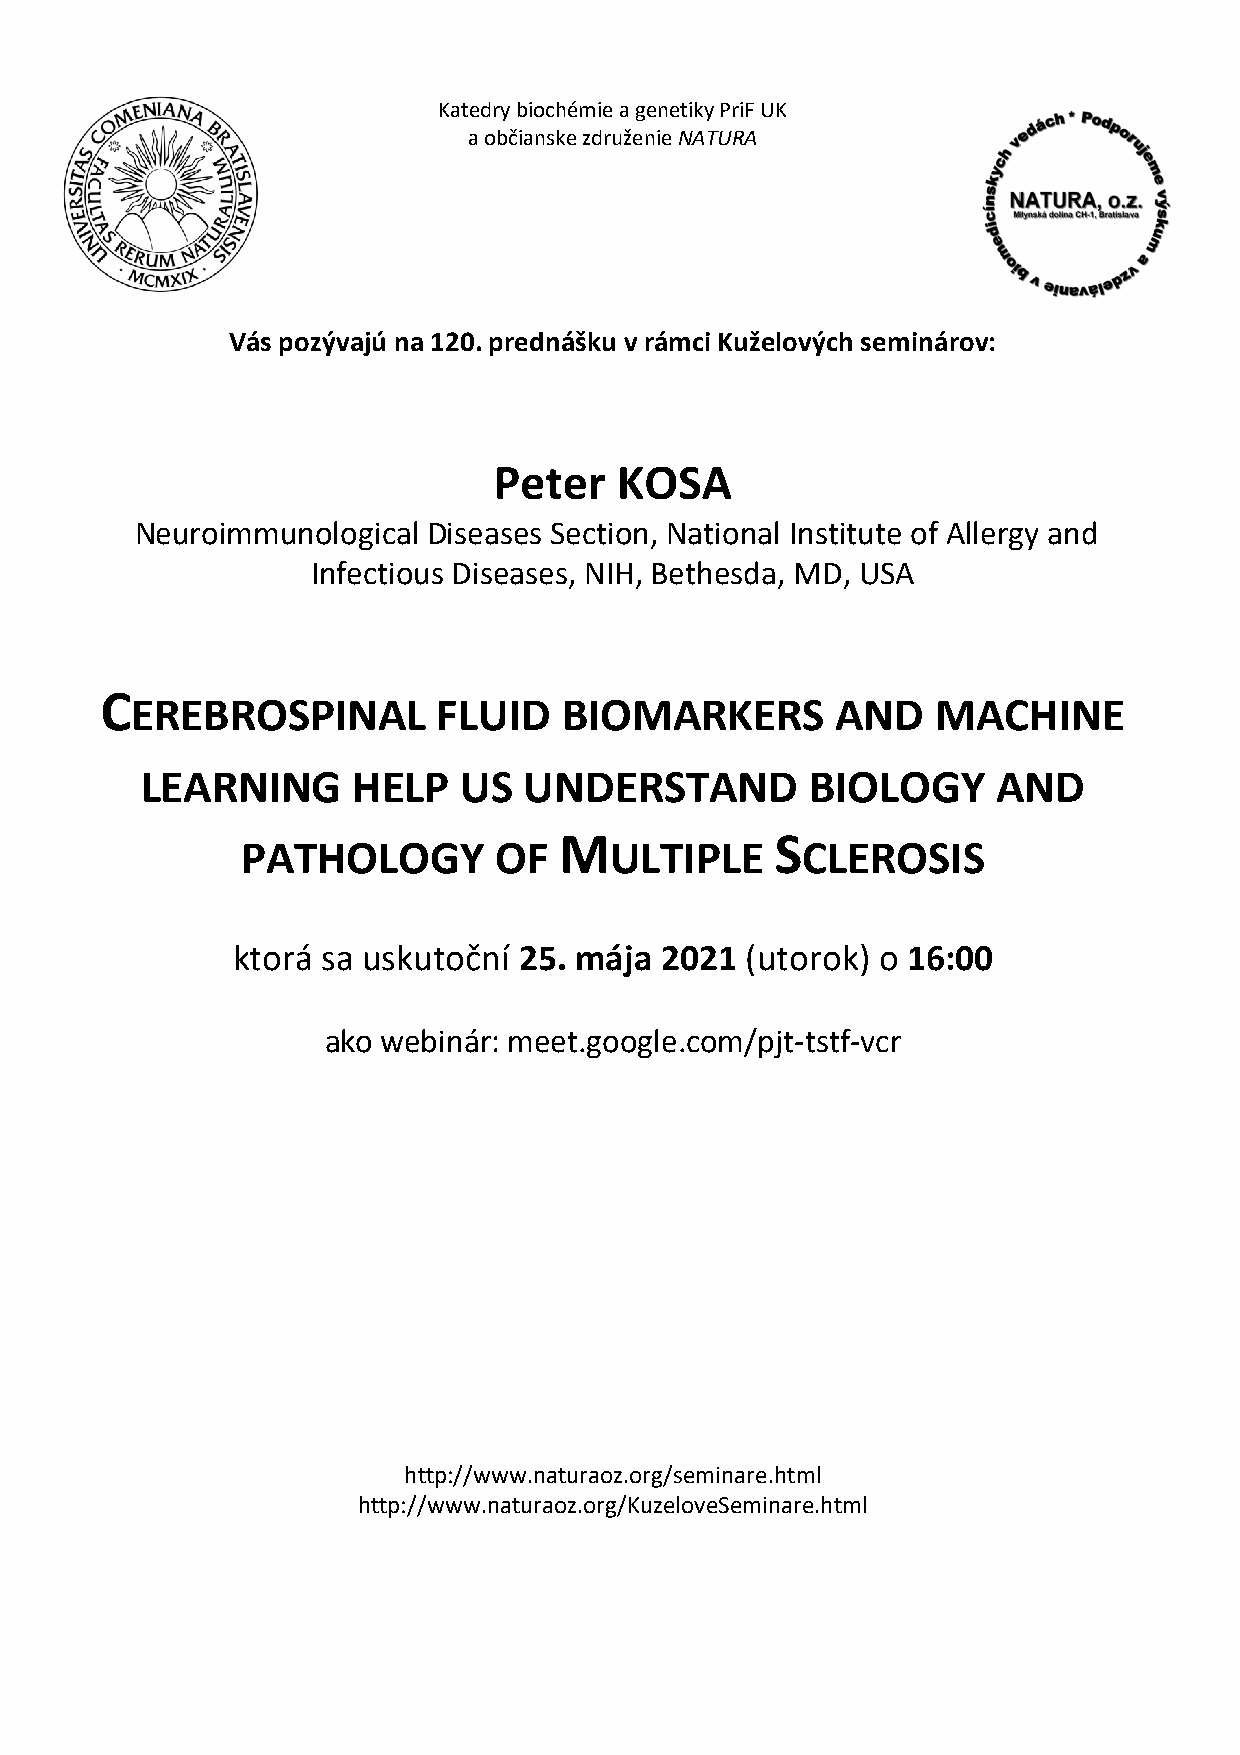
Katedry biochémie a genetiky PriF UK
 a občianske združenie NATURA
 Vás pozývajú na 120. prednášku v rámci Kuželových seminárov:
 Peter   KOSA
 Neuroimmunological Diseases Section, National Institute of Allergy and
 Infectious Diseases, NIH, Bethesda, MD, USA
 C
 EREBROSPINAL        FLUID   BIOMARKERS        AND    MACHINE
 LEARNING      HELP   US   UNDERSTAND         BIOLOGY     AND
 M             S
 PATHOLOGY        OF     ULTIPLE      CLEROSIS
 ktorá sa uskutoční 25. mája  2021 (utorok) o 16:00
 ako webinár: meet.google.com/pjt-tstf-vcr
 http://www.naturaoz.org/seminare.html
 http://www.naturaoz.org/KuzeloveSeminare.html